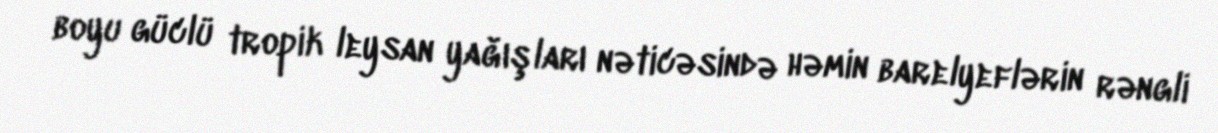
boyu güclü tropik leysan yağışları nəticəsində həmin barelyeflərin rəngli